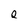
Character: Q